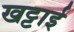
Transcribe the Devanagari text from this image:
खट्टाई